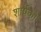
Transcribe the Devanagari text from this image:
शार्षकों